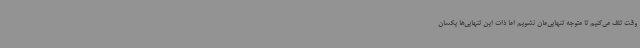
وقت تلف می‌کنیم تا متوجه تنهایی‌مان نشویم اما ذات این تنهایی‌ها یکسان